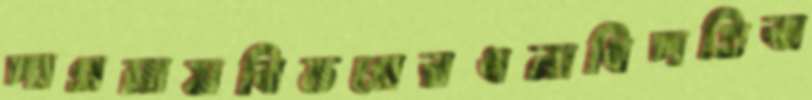
পাগমায়বিভগেরধনাধিপতিবা